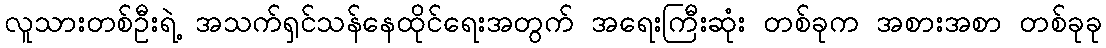
လူသားတစ်ဦးရဲ့ အသက်ရှင်သန်နေထိုင်ရေးအတွက် အရေးကြီးဆုံး တစ်ခုက အစားအစာ တစ်ခုခု